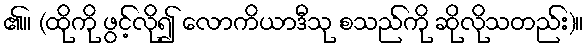
၏။ (ထိုကို ဖွင့်လို၍ လောကိယာဒီသု စသည်ကို ဆိုလိုသတည်း)။